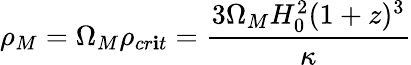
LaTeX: \rho_{M}=\Omega_{M}\rho_{cr\mathbf{i}t}=\frac{{3\Omega_{M}H_{0}^{2}(1+z)^{3}}}{{\kappa}}